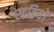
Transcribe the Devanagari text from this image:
स्टडियो